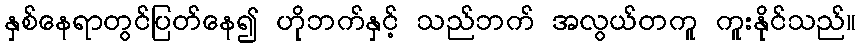
နှစ်နေရာတွင်ပြတ်နေ၍ ဟိုဘက်နှင့် သည်ဘက် အလွယ်တကူ ကူးနိုင်သည်။